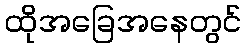
ထိုအခြေအနေတွင်